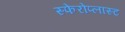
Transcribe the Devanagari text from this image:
स्फेरोप्लास्ट